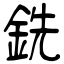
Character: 銑